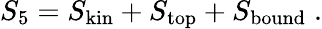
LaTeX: S_{5}=S_{\mathrm{kin}}+S_{\mathrm{top}}+S_{\mathrm{bound}}\; .